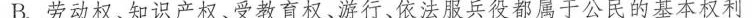
B.劳动权、知识产权、受教育权、游行、依法服兵役都属于公民的基本权利